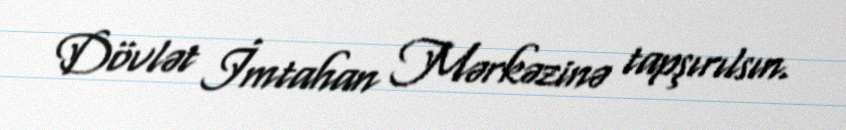
Dövlət İmtahan Mərkəzinə tapşırılsın.